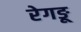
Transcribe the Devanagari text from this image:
रेगङू